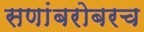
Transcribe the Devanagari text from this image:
सणांबरोबरच